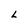
Character: L